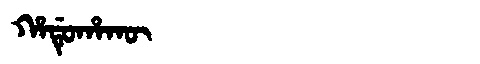
Manchu: ᡥᠠᡩᡠᡥᠠᡴᡡ
Romanization: HADUHAKŪ